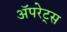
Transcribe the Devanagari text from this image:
अॅपरेट्स